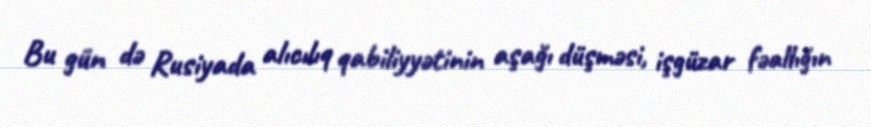
Bu gün də Rusiyada alıcılıq qabiliyyətinin aşağı düşməsi, işgüzar fəallığın